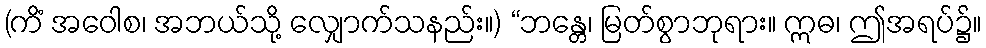
(ကိံ အဝေါစ၊ အဘယ်သို့ လျှောက်သနည်း။) “ဘန္တေ၊ မြတ်စွာဘုရား။ ဣဓ၊ ဤအရပ်၌။